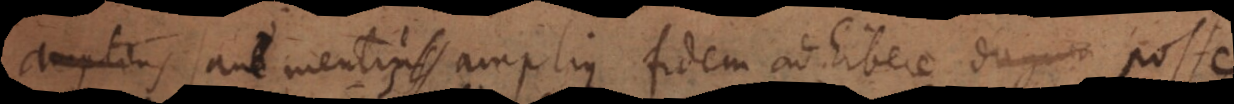
amplius sanae mentis amplius fidem adhibere dogma posse